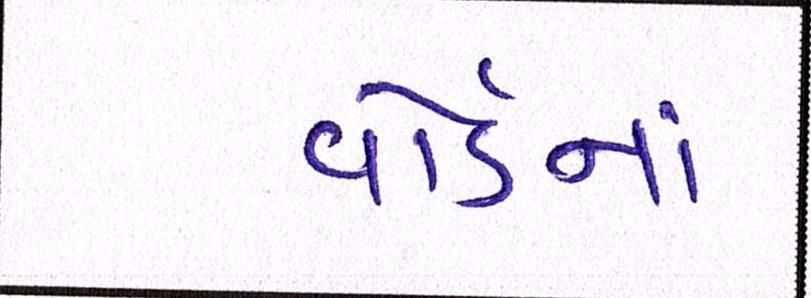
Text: વોર્ડનાં